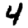
Digit: 4